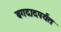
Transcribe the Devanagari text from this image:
बगदादपर्यंत